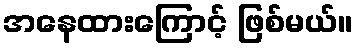
အနေထားကြောင့် ဖြစ်မယ်။